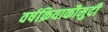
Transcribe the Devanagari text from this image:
वर्षक्रियाकौमुदी